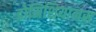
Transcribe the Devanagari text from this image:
डोमिशियानस